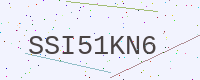
Text: SSI51KN6